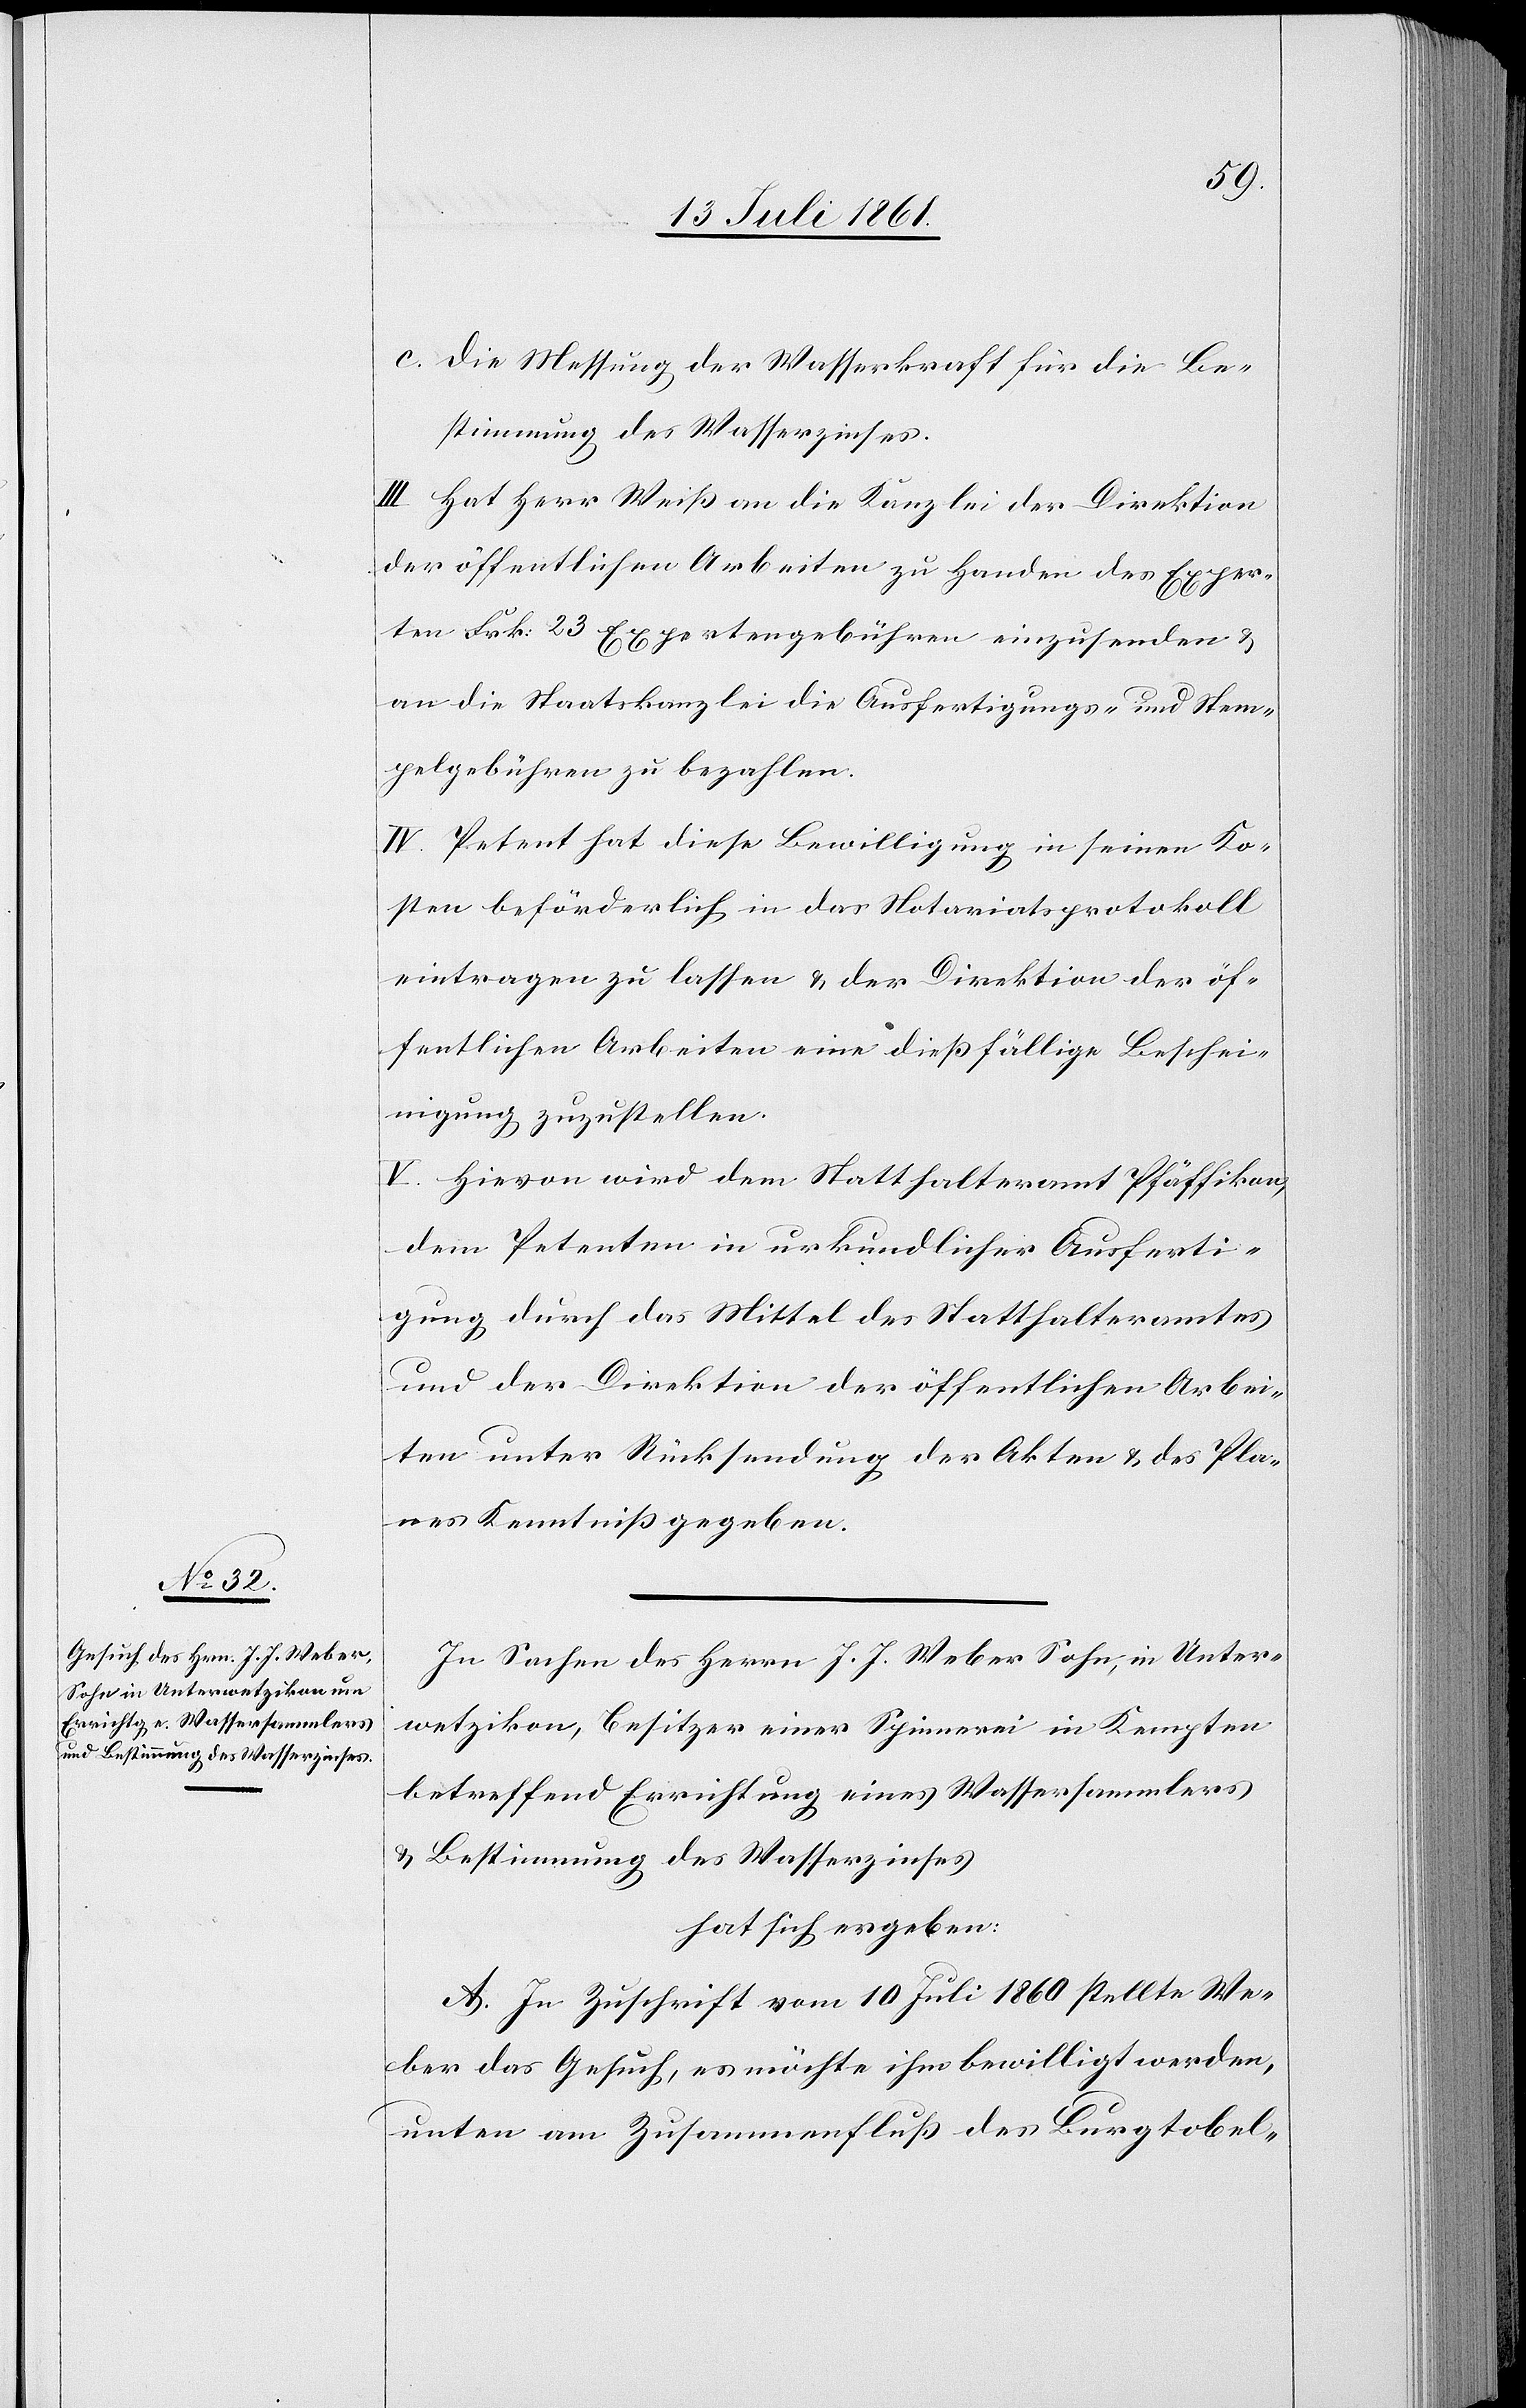
c. Die Messung der Wasserkraft für die Be¬
stimmung des Wasserzinses.
III. Hat Herr Weiß an die Kanzlei der Direktion
der öffentlichen Arbeiten zu Handen des Exper¬
ten Frk. 23 Expertengebühren einzusenden u.
an die Staatskanzlei die Ausfertigungs- u. Stem¬
pelgebühren zu bezahlen.
IV. Petent hat diese Bewilligung in seinen Ko¬
sten beförderlich in das Notariatsprotokoll
eintragen zu lassen u. der Direktion der öf¬
fentlichen Arbeiten eine dießfällige Beschei¬
nigung zuzustellen.
V. Hievon wird dem Statthalteramt Pfäffikon
dem Petenten in urkundlicher Ausferti¬
gung durch das Mittel des Statthalteramtes
und der Direktion der öffentlichen Arbei¬
ten unter Rücksendung der Akten u. des Pla¬
nes Kenntniß gegeben.
In Sachen des Herrn J. J. Weber Sohn, in Unter¬
wetzikon, Besitzer einer Spinnerei in Kempten
betreffend Errichtung eines Wassersammlers
u. Bestimmung des Wasserzinses
hat sich ergeben:
A. In Zuschrift vom 10 Juli 1860 stellte We¬
ber das Gesuch, es möchte ihm bewilligt werden,
unten am Zusammenfluß des Burgtobel-